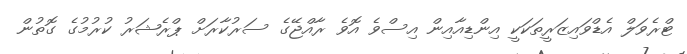
ޓްރެވަލް އެޑްވައިޒަރީތަކަކީ އިންޑިއާއިން އިސްވެ އޮވެ ރާއްޖޭގެ ސަރުކާރަށް ޕްރެޝަރު ކުރުމުގެ ގޮތުން